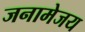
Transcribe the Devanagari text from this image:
जनामेजय